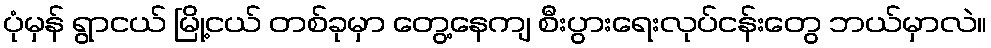
ပုံမှန် ရွာငယ် မြို့ငယ် တစ်ခုမှာ တွေ့နေကျ စီးပွားရေးလုပ်ငန်းတွေ ဘယ်မှာလဲ။